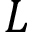
L